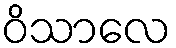
ဝိသာလေ